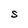
Character: S